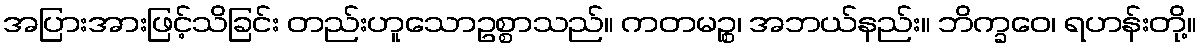
အပြားအားဖြင့်သိခြင်း တည်းဟူသောဥစ္စာသည်။ ကတမဉ္စ၊ အဘယ်နည်း။ ဘိက္ခဝေ၊ ရဟန်းတို့။